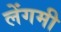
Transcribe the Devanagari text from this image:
लेंगमी